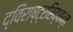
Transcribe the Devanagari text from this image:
द्विराष्ट्रसिद्धान्त